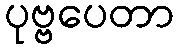
ပုဗ္ဗပေတာ